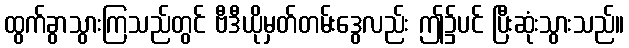
ထွက်ခွာသွားကြသည်တွင် ဗီဒီယိုမှတ်တမ်းဒွေလည်း ဤ၌ပင် ပြီးဆုံးသွားသည်။